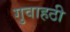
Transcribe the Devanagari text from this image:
गुवाहठी